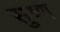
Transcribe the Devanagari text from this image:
सुष्ण